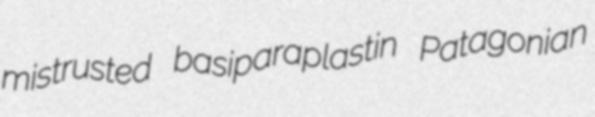
mistrusted basiparaplastin Patagonian